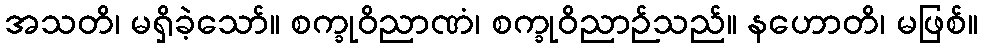
အသတိ၊ မရှိခဲ့သော်။ စက္ခုဝိညာဏံ၊ စက္ခုဝိညာဉ်သည်။ နဟောတိ၊ မဖြစ်။